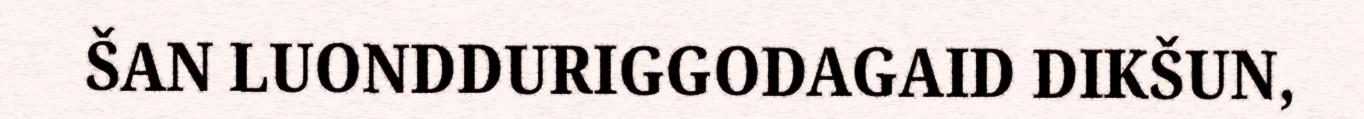
ŠAN LUONDDURIGGODAGAID DIKŠUN,